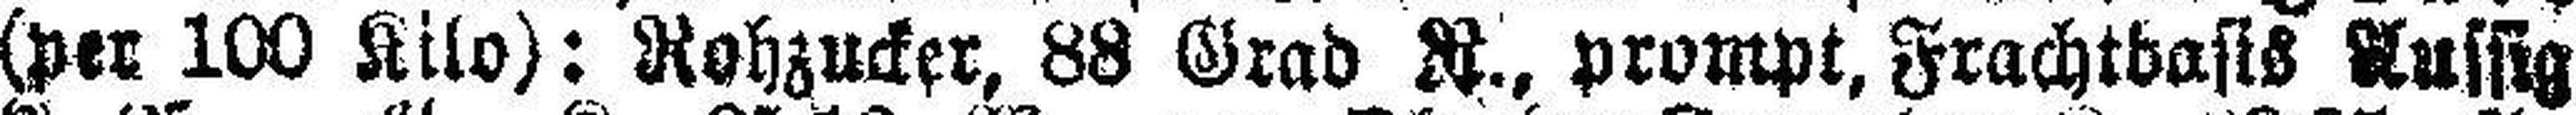
(per 100 Kilo): Rohzucker, 88 Grad R., prompt, Frachtbasts Russig